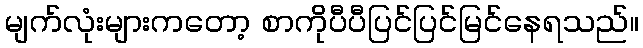
မျက်လုံးများကတော့ စာကိုပီပီပြင်ပြင်မြင်နေရသည်။